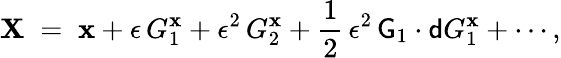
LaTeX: {\mathbf X}\; =\; {\mathbf x}+\epsilon\, G_{1}^{{\mathbf x}}+\epsilon^{2}\, G_{2}^{{\mathbf x}}+\frac{1}{2}\, \epsilon^{2}\, {\sf G}_{1}\cdot{\sf d}G_{1}^{{\mathbf x}}+\cdots,